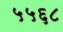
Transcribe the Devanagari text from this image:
५५६८